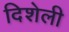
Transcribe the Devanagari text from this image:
दिशेली